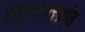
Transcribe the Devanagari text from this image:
राइश्टाग्स्ब्रांड